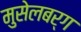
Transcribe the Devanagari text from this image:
मुसेलबर्ग